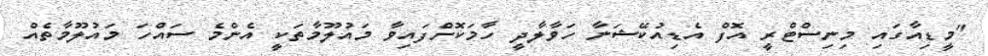
"މީޑިއާގައި މިނިސްޓްރީ އޮފް އެޑިއުކޭޝަނާ ހަވާލާދީ ހާމަކޮށްފައިވާ މައުލޫމާތަކީ އެންމެ ސައްހަ މައުލޫމާތެއް